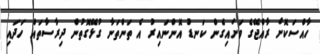
ހާއްސަކޮށް ރާއްޖޭގެ ވަށައިގެން ކަނޑު އޮންނައިރު އެ ތަންތަނާ ގުޅޭގޮތުން ދިރާސާތައް ހަދައި